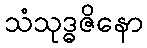
သံသုဒ္ဓဇိနော